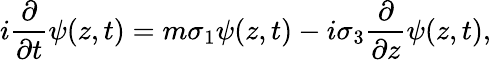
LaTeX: i\frac{\partial}{\partial t}\psi(z,t)=m\sigma_{1}\psi(z,t)-i\sigma_{3}\frac{\partial}{\partial z}\psi(z,t),